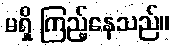
မရှိ ကြည့်နေသည်။